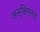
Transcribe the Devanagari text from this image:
असुक्षिततेचे